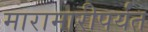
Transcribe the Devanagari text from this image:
मारामारीपर्यंत